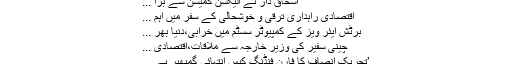
‘ اسحاق ڈار نے الیکشن کمیشن سے بڑا ...
اقتصادی راہداری ترقی و خوشحالی کے سفر میں اہم ...
برٹش ایئر ویز کے کمپیوٹر سسٹم میں خرابی،دنیا بھر ...
چینی سفیر کی وزیر خارجہ سے ملاقات،اقتصادی ...
’تحریک انصاف کا فارن فنڈنگ کیس انتہائی گمبھیر ہے ...